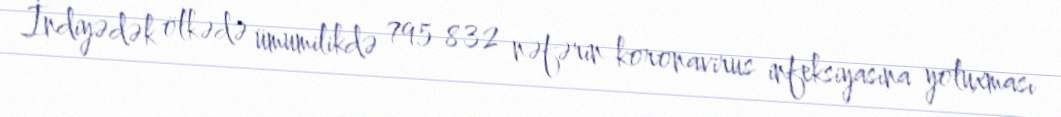
İndiyədək ölkədə ümumilikdə 795 832 nəfərin koronavirus infeksiyasına yoluxması